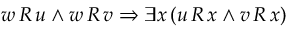
w \, R \, u \land w \, R \, v \Rightarrow \exists x \, ( u \, R \, x \land v \, R \, x )